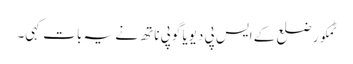
ٹمکور ضلع کے ایس پی دیویا گوپی ناتھ نے یہ بات کہی۔